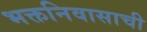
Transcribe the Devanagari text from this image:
भक्तनिवासाची